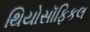
થિયોસૉફિકલ